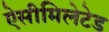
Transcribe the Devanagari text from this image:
ऐसीमिलेटेड